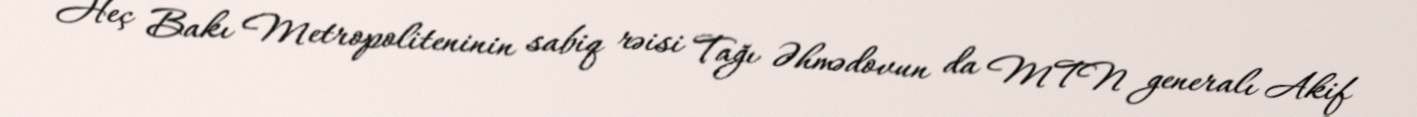
Heç Bakı Metropoliteninin sabiq rəisi Tağı Əhmədovun da MTN generalı Akif